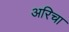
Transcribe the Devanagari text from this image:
अरिचा